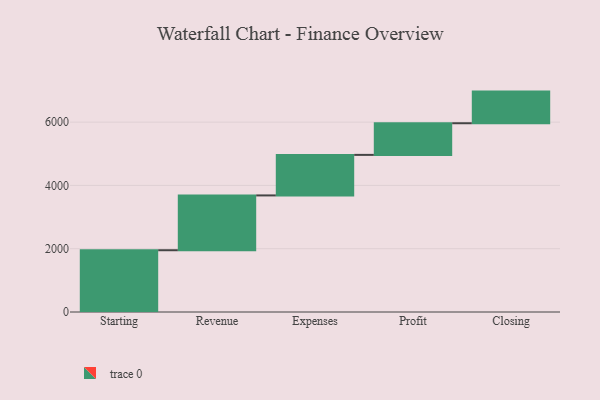
{"axis": {"x": "Step", "y": "Value"}, "legend": [""], "data": [{"x": "Starting", "y": 1952.0, "type": ""}, {"x": "Revenue", "y": 1732.0, "type": ""}, {"x": "Expenses", "y": 1281.0, "type": ""}, {"x": "Profit", "y": 1000, "type": ""}, {"x": "Closing", "y": 1000, "type": ""}]}